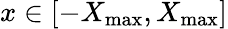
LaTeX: x\in[-X_{\operatorname*{max}},X_{\operatorname*{max}}]